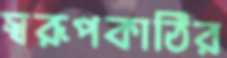
স্বরূপকাঠির